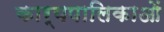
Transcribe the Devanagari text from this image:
कार्यपालिकाओं